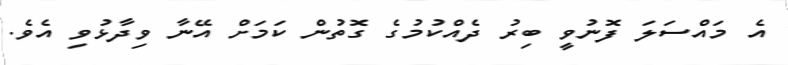
އެ މައްސަލަ ފޮނުވީ ބިރު ދެއްކުމުގެ ގޮތުން ކަމަށް އޭނާ ވިދާޅުވި އެވެ.